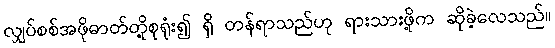
လျှပ်စစ်အဖိုဓာတ်တို့စုရုံး၍ ရှိ တန်ရာသည်ဟု ရားသားဖို့က ဆိုခဲ့လေသည်။